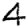
Digit: 4